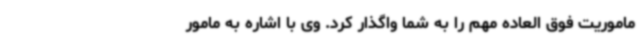
ماموریت فوق العاده مهم را به شما واگذار کرد. وی با اشاره به مامور